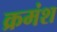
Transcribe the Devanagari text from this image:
क्रमंश